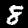
Label: 8